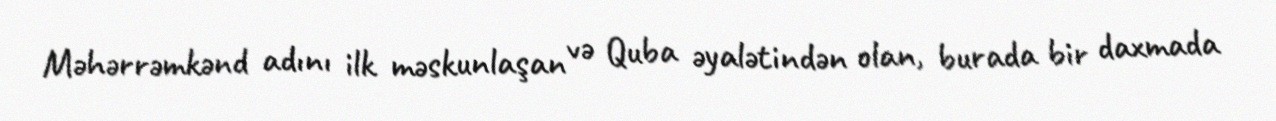
Məhərrəmkənd adını ilk məskunlaşan və Quba əyalətindən olan, burada bir daxmada